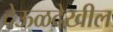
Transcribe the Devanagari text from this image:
देऊळदेखील